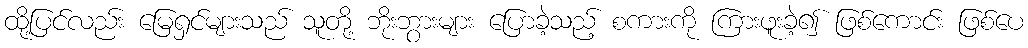
ထို့ပြင်လည်း မြေရှင်များသည် သူတို့ ဘိုးဘွားများ ပြောခဲ့သည့် စကားကို ကြားဖူးခဲ့၍ ဖြစ်ကောင်း ဖြစ်ပေ